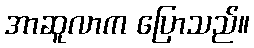
အာဆူလာက ပြောသည်။